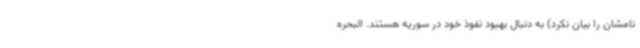
نامشان را بیان نکرد) به دنبال بهبود نفوذ خود در سوریه هستند. البحره